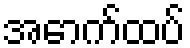
အောက်ထပ်